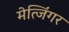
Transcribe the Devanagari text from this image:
मेत्जिंगर